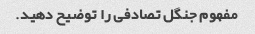
مفهوم جنگل تصادفی را توضیح دهید.